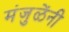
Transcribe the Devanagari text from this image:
मंजुळेंनी